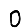
Digit: 0